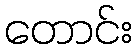
တောင်း